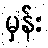
မှန်း